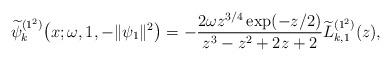
LaTeX: \begin{gather*} \widetilde{\psi }_{k}^{( 1^{2}) }\big(x;\omega ,1,- \Vert \psi _{1} \Vert ^{2}\big)=-\frac{2\omega z^{3/4}\exp ( -z/2 ) }{ z^{3}-z^{2}+2z+2}\widetilde{L}_{k,1}^{( 1^{2}) }(z) ,\end{gather*}